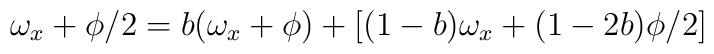
\omega_x + \phi /2 = b (\omega_x + \phi) + [(1-b)\omega_x + (1-2b)\phi /2]